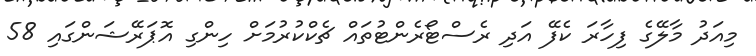
މިއަދު މާލޭގެ ފިހާރަ ކެފޭ އަދި ރެސްޓޯރެންޓުތައް ޗެކްކުރުމަށް ހިންގި އޮޕަރޭޝަންގައި 58